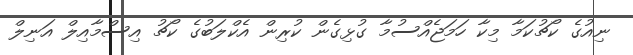
ނިއުގެ ކޯޗުކަމާ މިކާ ހަމަޖެއްސުމާ ގުޅިގެން ކުރިން އެކްލަބުގެ ކޯޗު އިސްމާއިލް އަނިލް